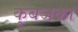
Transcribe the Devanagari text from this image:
कुबजका